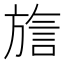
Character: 𬀍